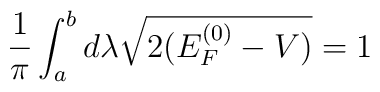
\frac{1}{\pi} \int_{a}^{b} d\lambda \sqrt{2(E_{F}^{(0)} - V )} = 1